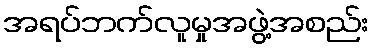
အရပ်ဘက်လူမှုအဖွဲ့အစည်း